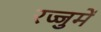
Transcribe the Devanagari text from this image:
रज्जुमें